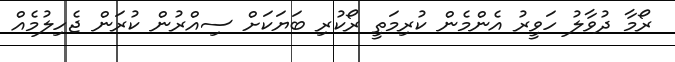
ރޯމާ ދުވާލު ހަވީރު އެންމެން ކުރިމަތީ ރޯކުރި ބަޔަކަށް ސިއްރުން ކުރަން ޖެހިލުމެއް